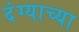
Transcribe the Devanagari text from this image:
दंग्याच्या